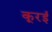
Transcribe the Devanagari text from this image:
कूरई